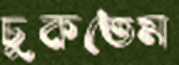
চুকতেম